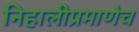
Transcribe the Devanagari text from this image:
निहालीप्रमाणेच